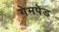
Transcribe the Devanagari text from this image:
गेमपेड